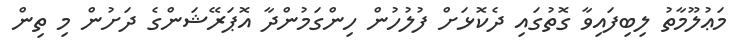
މަޢުލޫމާތު ލިބިފައިވާ ގޮތުގައި ދެކޮޅަށް ފުލުހުން ހިންގަމުންދާ އޮޕަރޭޝަންގެ ދަށުން މި ތިން